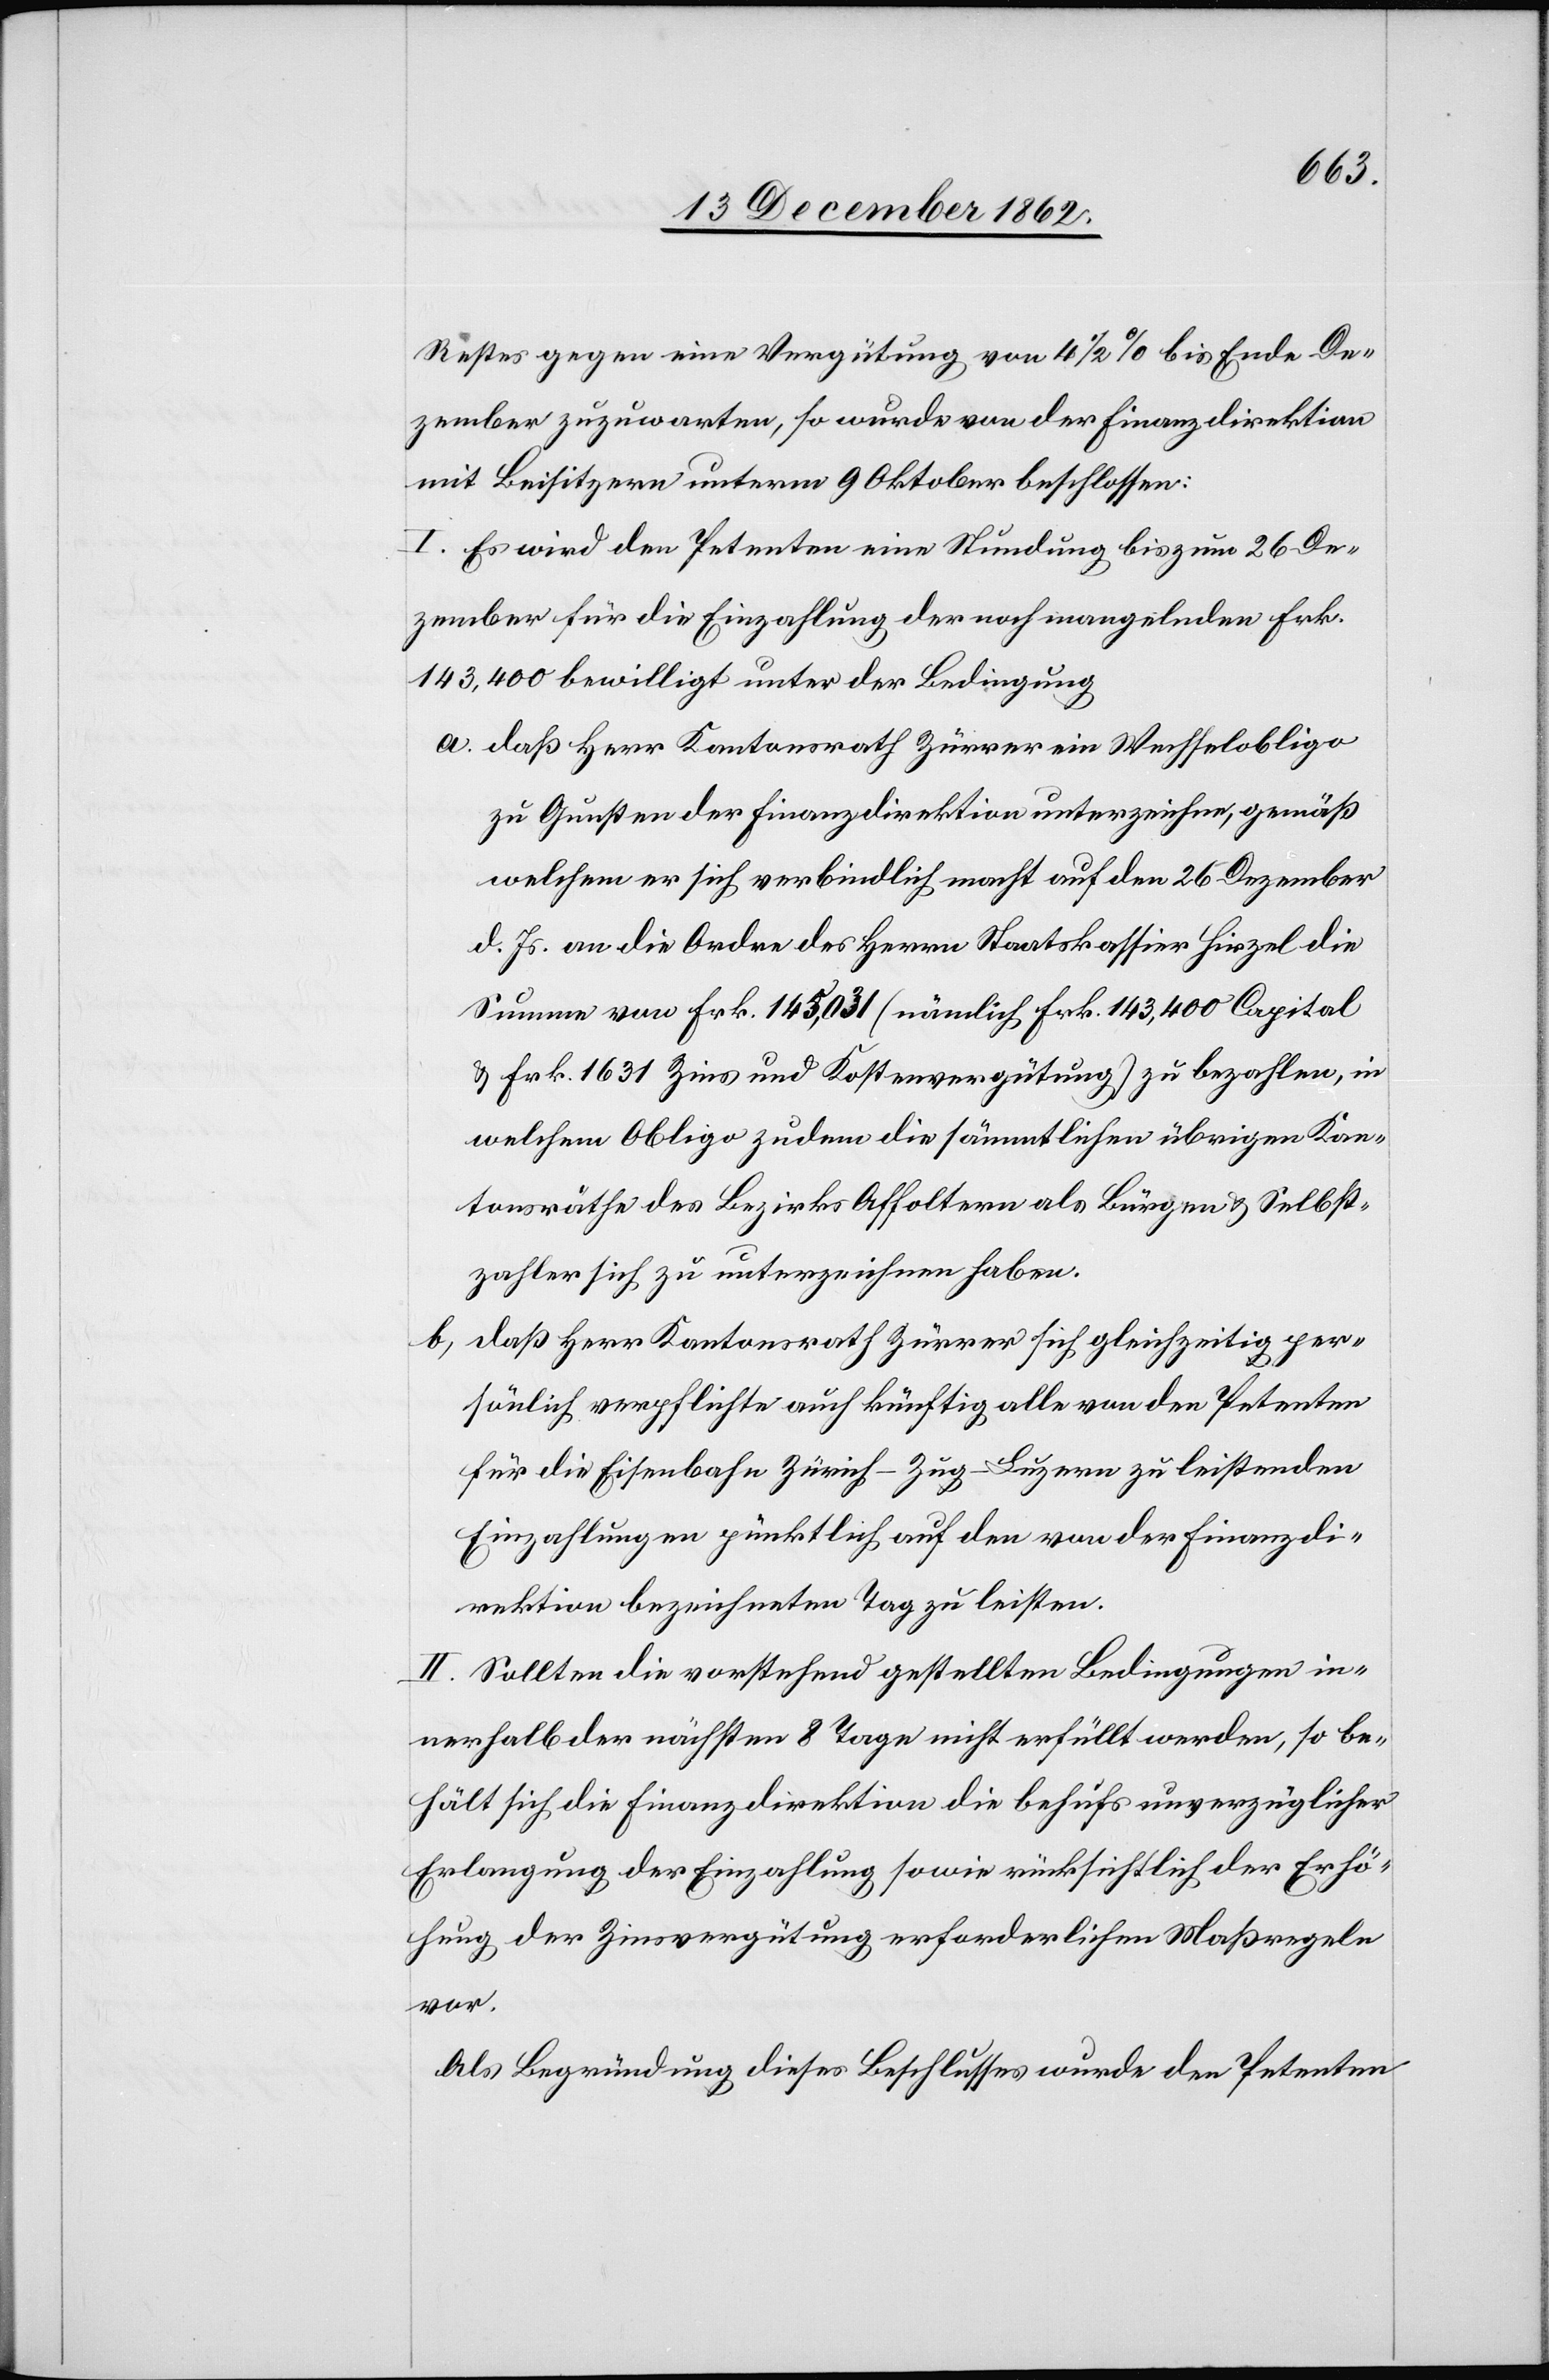
b.

Restes gegen eine Vergütung von 4 1/2% bis Ende De¬
zember zuzuwarten, so wurde von der Finanzdirektion
mit Beisitzern unterm 9. Oktober beschlossen:
I. Es wird den Petenten eine Stundung bis zum 26. De¬
zember für die Einzahlung der noch mangelnden Frk.
143,400 bewilligt unter der Bedingung
a. daß Herr Kantonsrath Zürrer ein Wechselobligo
zu Gunsten der Finanzdirektion unterzeichne, gemäß
welchem er sich verbindlich macht auf den 26. Dezember
d. Js. an die Ordre des Herrn Staatskassier Hirzel die
Summe von Frk. 145,031 (nämlich Frk. 143,400 Capital
u. Frk. 1631 Zins und Kostenvergütung) zu bezahlen, in
welchem Obligo zudem die sämmtlichen übrigen Kan¬
tonsräthe des Bezirks Affoltern als Bürgen u. Selbst¬
zahler sich zu unterzeichnen haben.
daß Herr Kantonsrath Zürrer sich gleichzeitig per¬
sönlich verpflichte auch künftig alle von den Petenten
für die Eisenbahn Zürich–Zug–Luzern zu leistenden
Einzahlungen pünktlich auf den von der Finanzdi¬
rektion bezeichneten Tag zu leisten.
II. Sollten die vorstehend gestellten Bedingungen in¬
nerhalb der nächsten 8 Tage nicht erfüllt werden, so be¬
hält sich die Finanzdirektion die behufs unverzüglicher
Erlangung der Einzahlung sowie rücksichtlich der Erhö¬
hung der Zinsvergütung erforderlichen Maßregeln
vor.
Als Begründung dieses Beschlusses wurde den Petenten